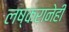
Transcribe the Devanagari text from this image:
लष्करानेही